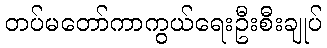
တပ်မတော်ကာကွယ်ရေးဦးစီးချုပ်